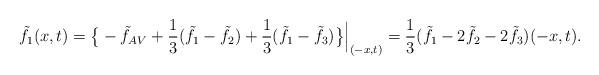
LaTeX: \begin{align*}\tilde f_1 (x,t)=\big\{-\tilde f_{AV}+\frac13(\tilde f_1-\tilde f_2)+\frac13(\tilde f_1-\tilde f_3)\big\}\Big|_{(-x,t)}=\frac13(\tilde f_1-2\tilde f_2-2\tilde f_3)(-x,t).\end{align*}